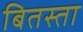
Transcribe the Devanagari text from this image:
बितस्ता